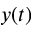
y ( t )